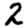
Digit: 2